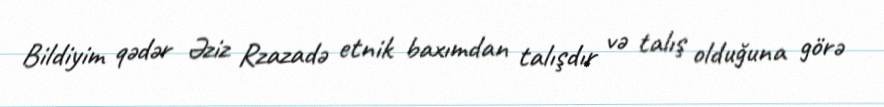
Bildiyim qədər Əziz Rzazadə etnik baxımdan talışdır və talış olduğuna görə